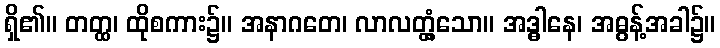
ရှိ၏။ တတ္ထ၊ ထိုစကား၌။ အနာဂတေ၊ လာလတ္တံ့သော။ အဒ္ဓါနေ၊ အဓွန့်အခါ၌။